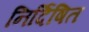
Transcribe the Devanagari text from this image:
निर्दिषित